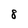
Character: 8